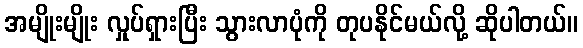
အမျိုးမျိုး လှုပ်ရှားပြီး သွားလာပုံကို တုပနိုင်မယ်လို့ ဆိုပါတယ်။